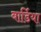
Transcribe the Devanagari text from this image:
बार्डिया